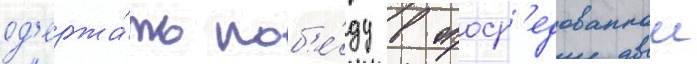
од'ержа́ть поб'е́ду в опоср'едованнои